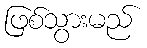
ဖြစ်သွားမည်